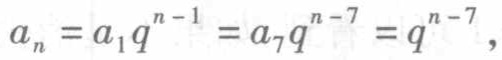
\[
a_{n}=a_{1}q^{n - 1}=a_{7}q^{n - 7}=q^{n - 7},
\]